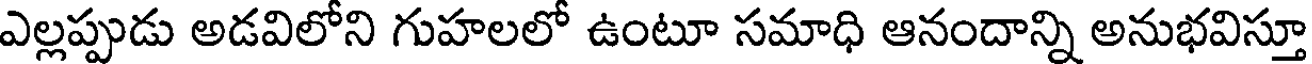
ఎల్లప్పుడు అడవిలోని గుహలలో ఉంటూ సమాధి ఆనందాన్ని అనుభవిస్తూ